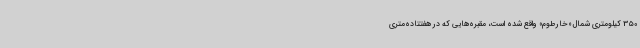
350 کیلومتری شمال «خارطوم» واقع شده است، مقبره‌هایی که در هفتتاده‌متری